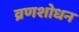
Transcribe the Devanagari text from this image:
व्रणशोधन